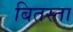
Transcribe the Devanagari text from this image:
बितस्ता